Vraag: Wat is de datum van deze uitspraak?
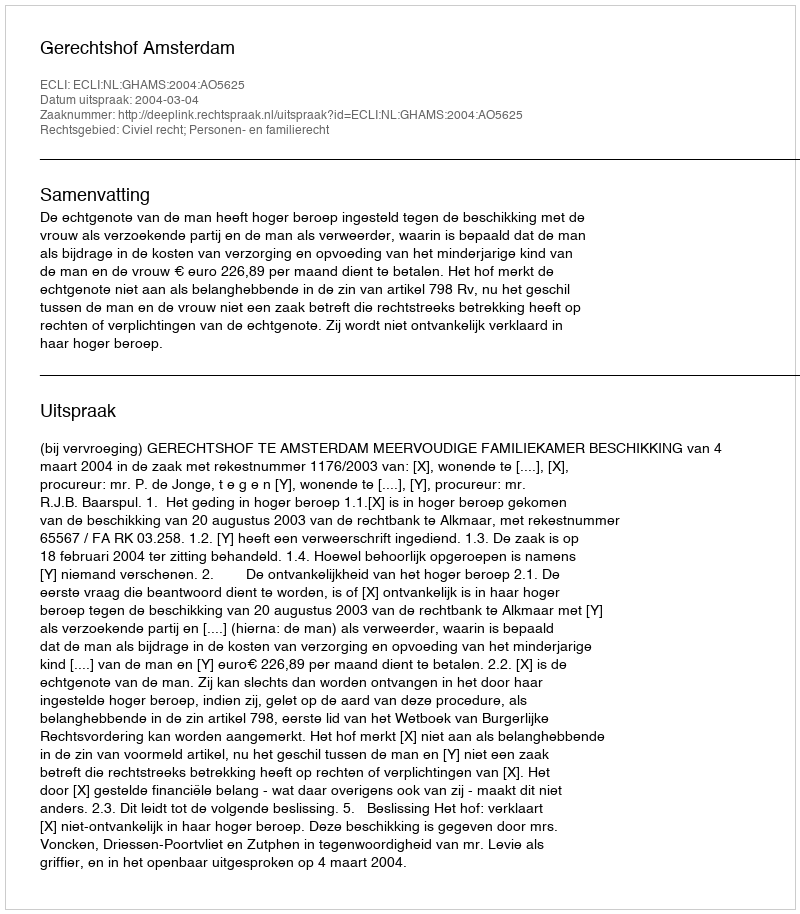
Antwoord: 2004-03-04